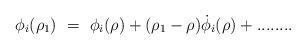
LaTeX: \begin{align*}\phi_i(\rho_1)~=~\phi_i(\rho) + (\rho_1 - \rho)\dot{\phi}_i(\rho) + ........\end{align*}